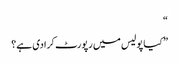
“
” کیا پولیس میں رپورٹ کرادی ہے؟